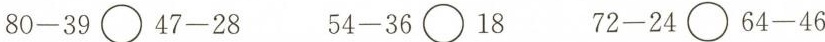
$$8 0 - 3 9 \circ 4 7 - 2 8$$ $$5 4 - 3 6 \circ 1 8$$ $$7 2 - 2 4 \circ 6 4 - 4 6$$